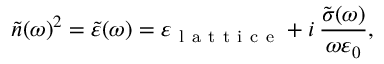
\tilde { n } ( \omega ) ^ { 2 } = \tilde { \varepsilon } ( \omega ) = \varepsilon _ { \mathrm { ~ l ~ a ~ t ~ t ~ i ~ c ~ e ~ } } + i \, \frac { \tilde { \sigma } ( \omega ) } { \omega \varepsilon _ { 0 } } ,